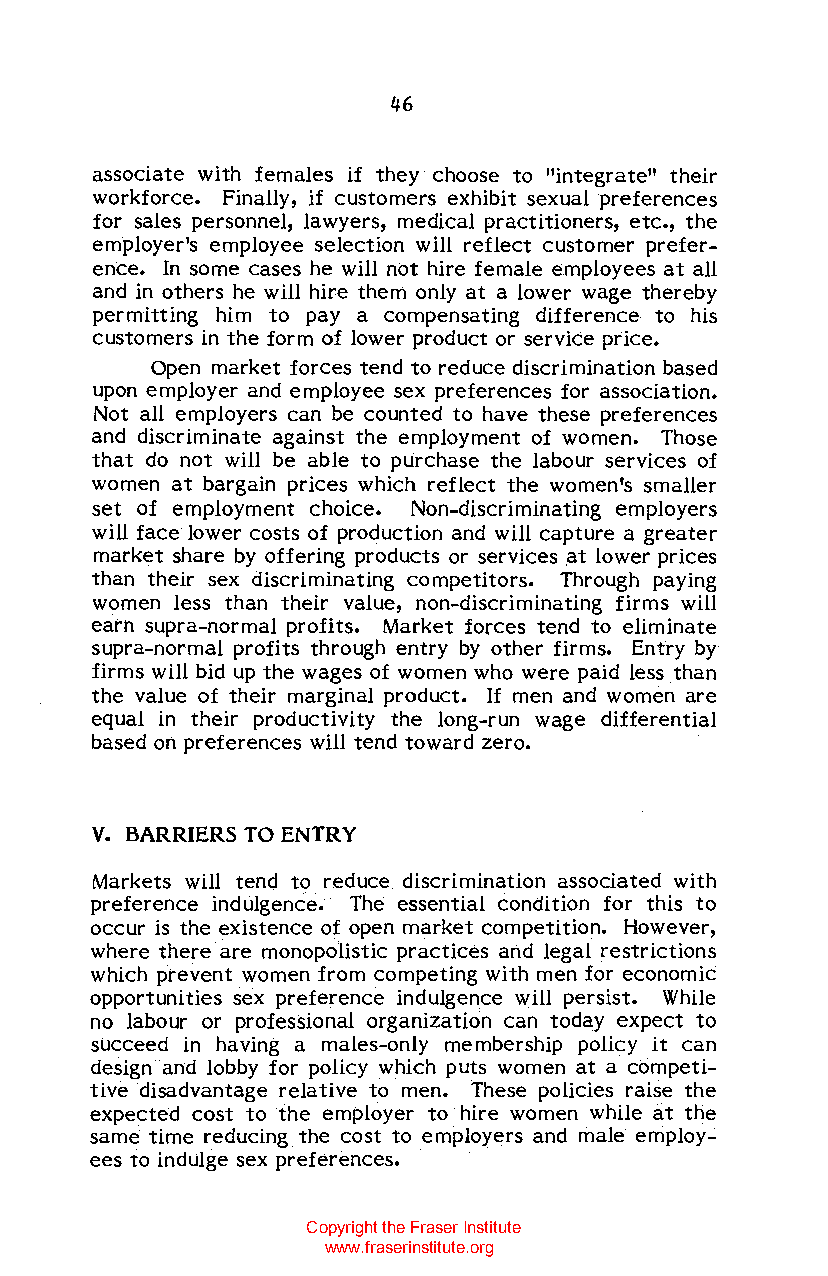
46
 associate with females if they choose to "integrate" their
 workforce. Finally, if customers exhibit sexual preferences
 for sales personnel, lawyers, medical practitioners, etc., the
 employer's employee selection will reflect customer prefer
 ence. In some cases he will not hire female employees at all
 and in others he will hire them only at a lower wage thereby
 permitting him to pay a compensating difference to his
 customers in the form of lower product or service price.
 Open market forces tend to reduce discrimination based
 upon employer and employee sex preferences for association.
 Not all employers can be counted to have these preferences
 and discriminate against the employment of women. Those
 that do not will be able to purchase the labour services of
 women at bargain prices which reflect the women's smaller
 set of employment choice. Non-discriminating employers
 will face lower costs of production and will capture a greater
 market share by offering products or services at lower prices
 than their sex discriminating competitors. Through paying
 women less than their value, non-discriminating firms will
 earn supra-normal profits. Market forces tend to eliminate
 supra-normal profits through entry by other firms. Entry by
 firms will bid up the wages of women who were paid less than
 the value of their marginal product. If men and women are
 equal in their productivity the long-run wage differential
 based on preferences will tend toward zero.
 v.
 BARRIERS TO ENTRY
 Markets will tend to reduce discrimination associated with
 preference indulgence. The essential condition for this to
 occur is the existence of open market competition. However,
 where there are monopolistic practices and legal restrictions
 which prevent women from competing with men for economic
 opportunities sex preference indulgence will persist. While
 no labour or professional organization can today expect to
 succeed in having a males-only me mbership policy it can
 design and lobby for policy which puts women at a competi
 tive disadvantage relative to men. These policies raise the
 expected cost to the employer to hire women while at the
 same time reducing the cost to employers and male employ
 ees to indulge sex preferences.
 Copyright the Fraser Institute
 www.fraserinstitute.org